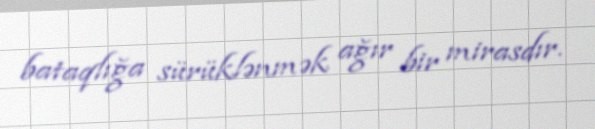
bataqlığa sürüklənmək ağır bir mirasdır.